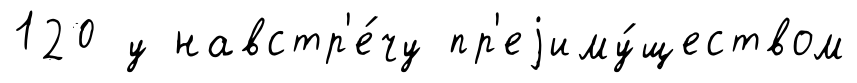
120 у навстр'е́чу пр'еjиму́ществом